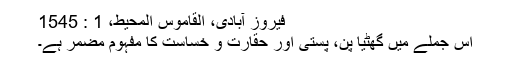
فیروز آبادی، القاموس المحیط، 1 : 1545
اس جملے میں گھٹیا پن، پستی اور حقارت و خساست کا مفہوم مضمر ہے۔